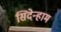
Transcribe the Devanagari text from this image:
सिदेन्हाम